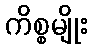
ကိစ္စမျိုး